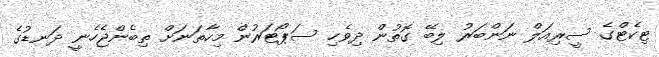
ޓިކެޓްގެ ސީރިއަލް ނަންބަރު ލިބޭ ގޮތުން ދިވެހި ސަޕޯޓަރުން މިހާތަނަށް ތިބެންޖެހެނީ ދަނޑުގެ